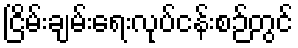
ငြိမ်းချမ်းရေးလုပ်ငန်းစဉ်တွင်